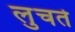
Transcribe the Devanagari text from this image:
लुचते